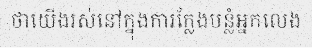
ថាយើងរស់នៅក្នុងការក្លែងបន្លំអ្នកលេង